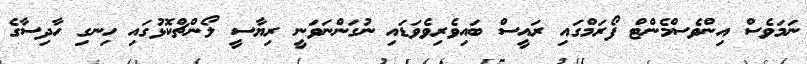
ނަމަވެސް އިންވެސްމެންޓް ފޯރަމްގައި ރައީސް ބައިވެރިވެވަޑައި ނުގަންނަވަނީ ރިޔާސީ ލޯންޗްކޮޅުގައި ހިނގި ހާދިސާގެ